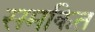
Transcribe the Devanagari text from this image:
समकित